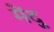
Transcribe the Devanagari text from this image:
मेंदु